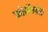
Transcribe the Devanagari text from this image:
फोर्मेन्तेरा